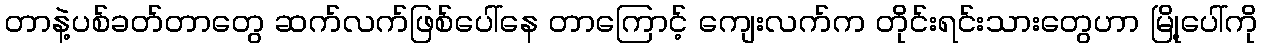
တာနဲ့ပစ်ခတ်တာတွေ ဆက်လက်ဖြစ်ပေါ်နေ တာကြောင့် ကျေးလက်က တိုင်းရင်းသားတွေဟာ မြို့ပေါ်ကို